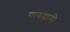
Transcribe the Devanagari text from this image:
पायदानो